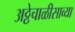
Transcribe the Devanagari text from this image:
अठ्ठेचाळीसाव्या